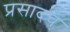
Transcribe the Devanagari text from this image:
प्रसादचे